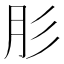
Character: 肜